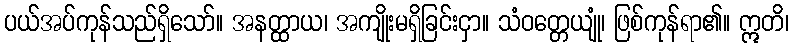
ပယ်အပ်ကုန်သည်ရှိသော်။ အနတ္ထာယ၊ အကျိုးမရှိခြင်းငှာ။ သံဝတ္တေယျုံ၊ ဖြစ်ကုန်ရာ၏။ ဣတိ၊